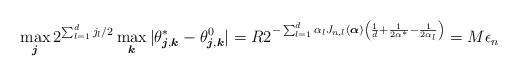
LaTeX: \begin{align*}\max_{\boldsymbol{j}}2^{\sum_{l=1}^dj_l/2}\max_{\boldsymbol{k}}|\theta^{*}_{\boldsymbol{j},\boldsymbol{k}}-\theta^0_{\boldsymbol{j},\boldsymbol{k}}|=R2^{-\sum_{l=1}^d\alpha_lJ_{n,l}(\boldsymbol{\alpha})\left(\frac{1}{d}+\frac{1}{2\alpha^{*}}-\frac{1}{2\alpha_l}\right)}=M\epsilon_n\end{align*}